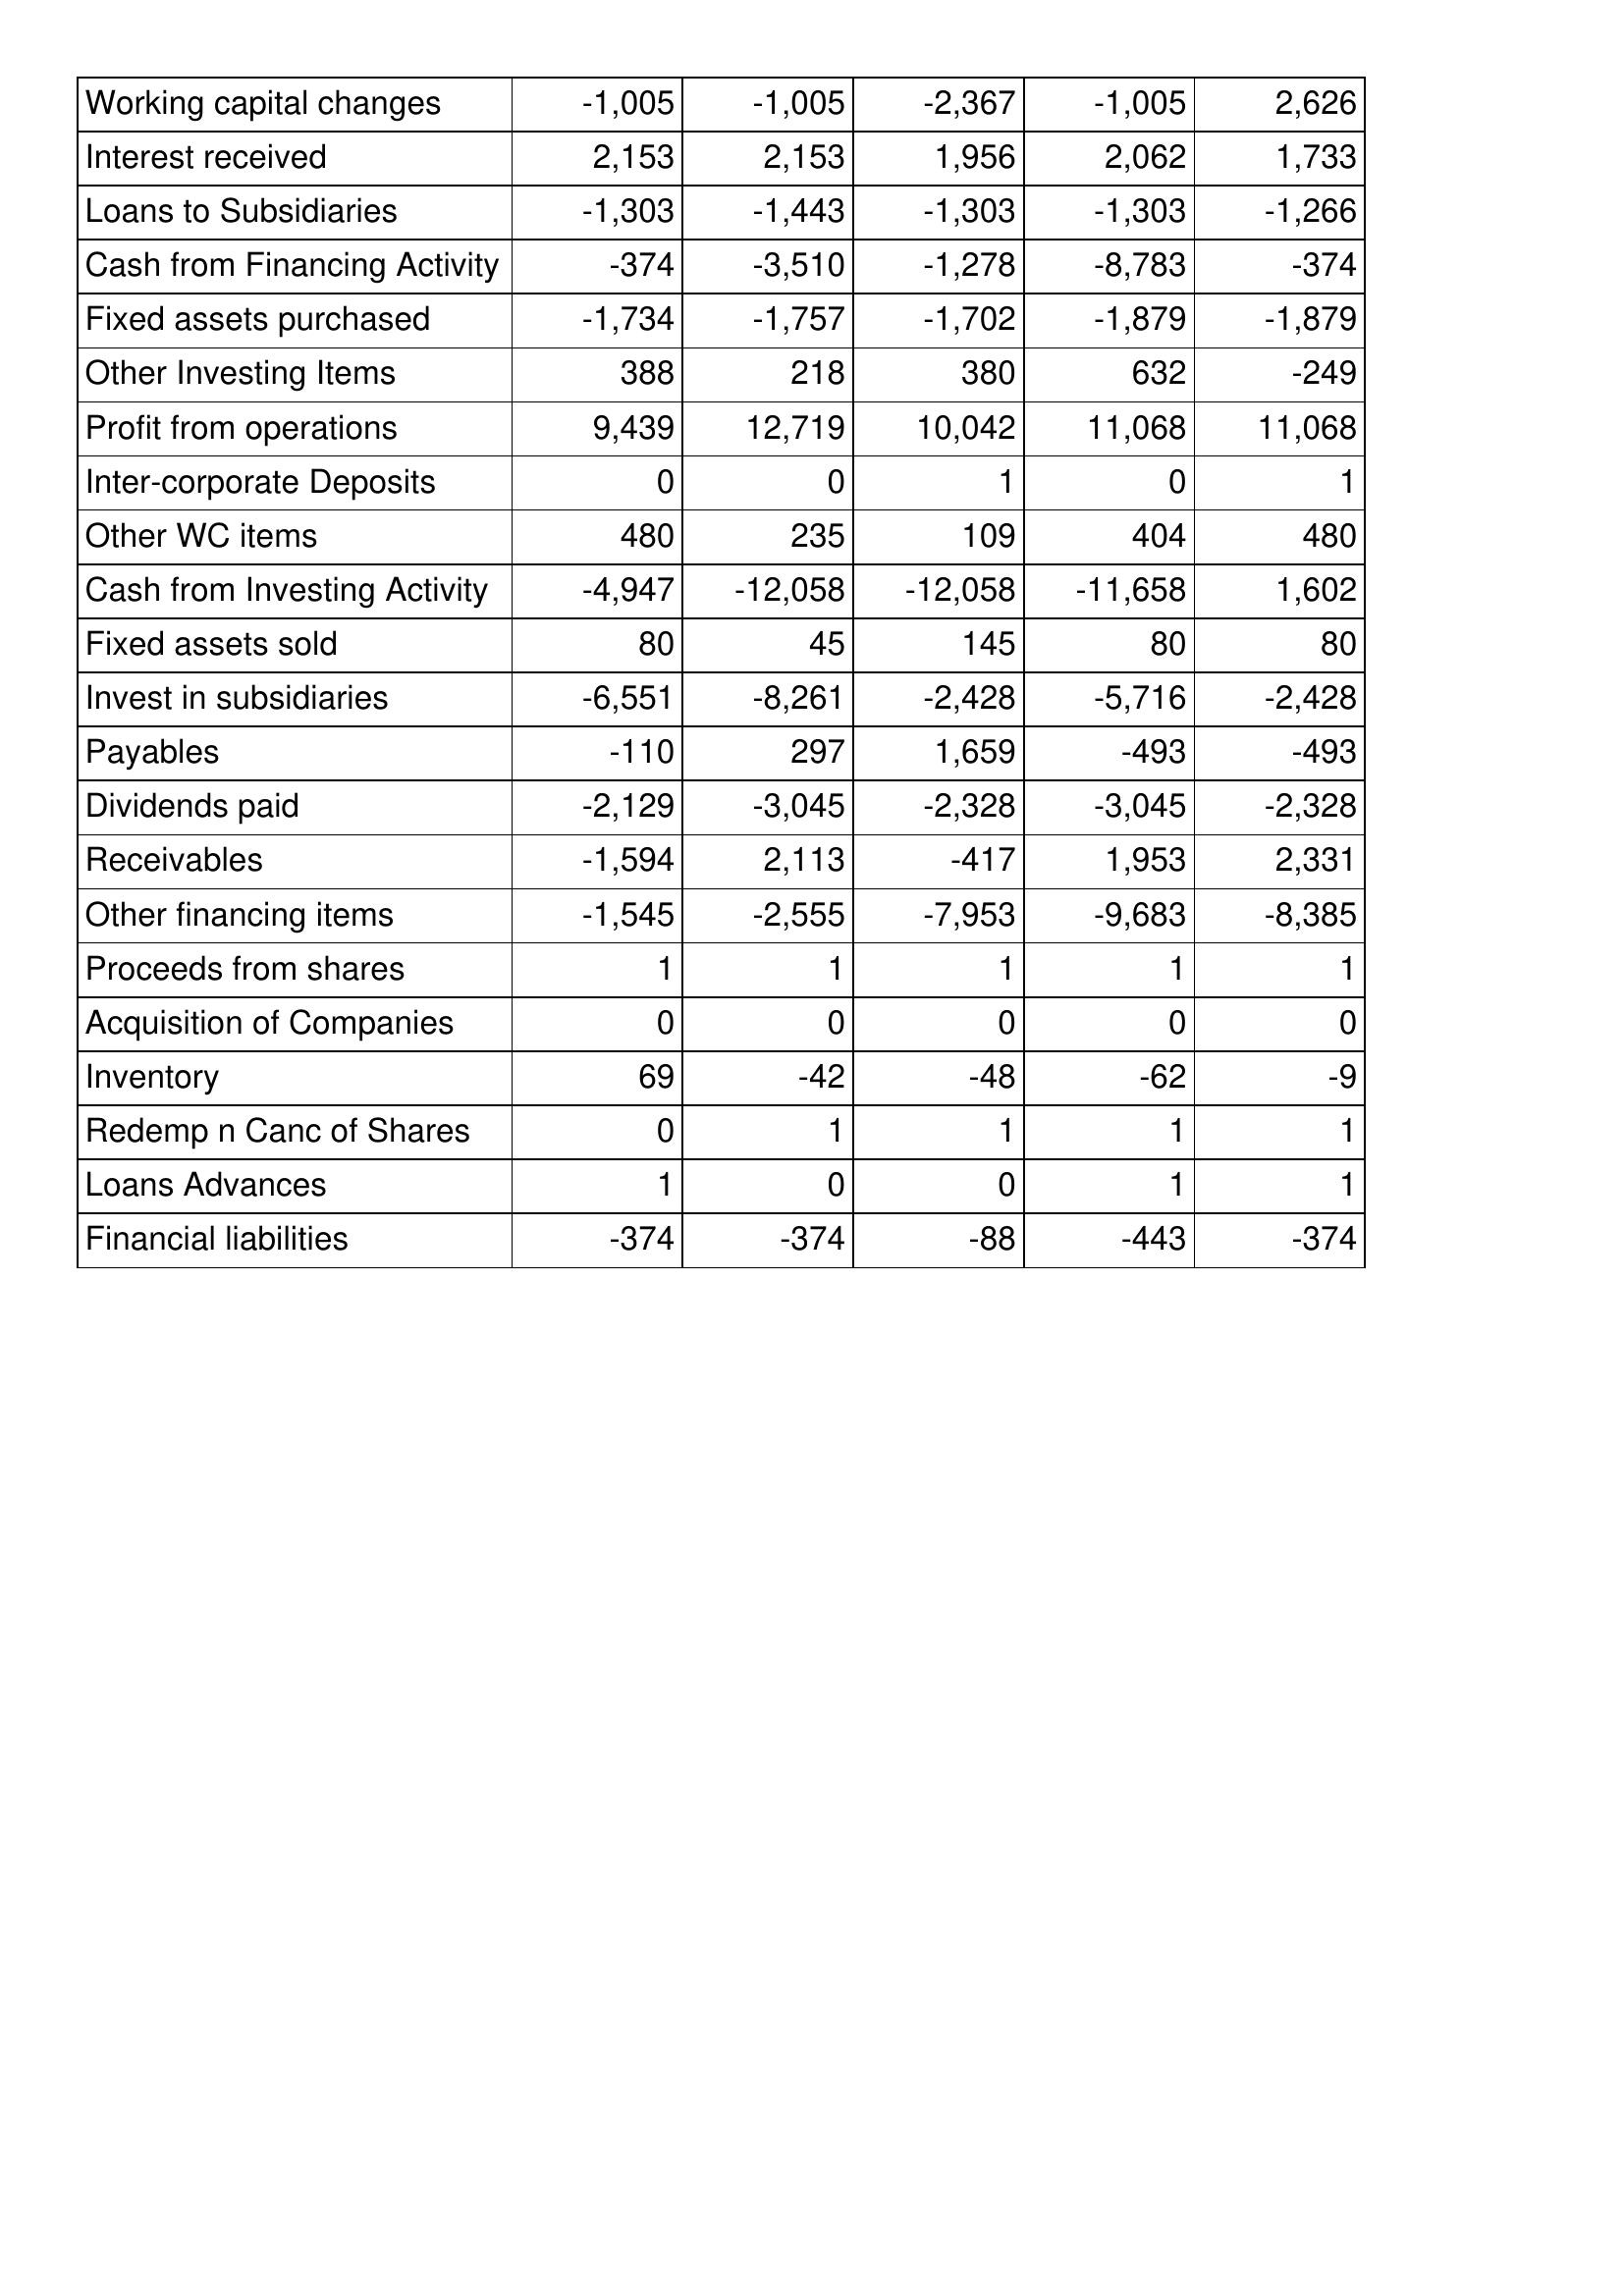
Jul-12: Cash Flows: Working capital changes: -1,005
Interest received: 2,153
Loans to Subsidiaries: -1,303
Cash from Financing Activity: -374
Fixed assets purchased: -1,734
Other Investing Items: 388
Profit from operations: 9,439
Inter-corporate Deposits: 0
Other WC items: 480
Cash from Investing Activity: -4,947
Fixed assets sold: 80
Invest in subsidiaries: -6,551
Payables: -110
Dividends paid: -2,129
Receivables: -1,594
Other financing items: -1,545
Proceeds from shares: 1
Acquisition of Companies: 0
Inventory: 69
Redemp n Canc of Shares: 0
Loans Advances: 1
Financial liabilities: -374
Jul-13: Cash Flows: Working capital changes: -1,005
Interest received: 2,153
Loans to Subsidiaries: -1,443
Cash from Financing Activity: -3,510
Fixed assets purchased: -1,757
Other Investing Items: 218
Profit from operations: 12,719
Inter-corporate Deposits: 0
Other WC items: 235
Cash from Investing Activity: -12,058
Fixed assets sold: 45
Invest in subsidiaries: -8,261
Payables: 297
Dividends paid: -3,045
Receivables: 2,113
Other financing items: -2,555
Proceeds from shares: 1
Acquisition of Companies: 0
Inventory: -42
Redemp n Canc of Shares: 1
Loans Advances: 0
Financial liabilities: -374
Jul-14: Cash Flows: Working capital changes: -2,367
Interest received: 1,956
Loans to Subsidiaries: -1,303
Cash from Financing Activity: -1,278
Fixed assets purchased: -1,702
Other Investing Items: 380
Profit from operations: 10,042
Inter-corporate Deposits: 1
Other WC items: 109
Cash from Investing Activity: -12,058
Fixed assets sold: 145
Invest in subsidiaries: -2,428
Payables: 1,659
Dividends paid: -2,328
Receivables: -417
Other financing items: -7,953
Proceeds from shares: 1
Acquisition of Companies: 0
Inventory: -48
Redemp n Canc of Shares: 1
Loans Advances: 0
Financial liabilities: -88
Jul-15: Cash Flows: Working capital changes: -1,005
Interest received: 2,062
Loans to Subsidiaries: -1,303
Cash from Financing Activity: -8,783
Fixed assets purchased: -1,879
Other Investing Items: 632
Profit from operations: 11,068
Inter-corporate Deposits: 0
Other WC items: 404
Cash from Investing Activity: -11,658
Fixed assets sold: 80
Invest in subsidiaries: -5,716
Payables: -493
Dividends paid: -3,045
Receivables: 1,953
Other financing items: -9,683
Proceeds from shares: 1
Acquisition of Companies: 0
Inventory: -62
Redemp n Canc of Shares: 1
Loans Advances: 1
Financial liabilities: -443
Jul-16: Cash Flows: Working capital changes: 2,626
Interest received: 1,733
Loans to Subsidiaries: -1,266
Cash from Financing Activity: -374
Fixed assets purchased: -1,879
Other Investing Items: -249
Profit from operations: 11,068
Inter-corporate Deposits: 1
Other WC items: 480
Cash from Investing Activity: 1,602
Fixed assets sold: 80
Invest in subsidiaries: -2,428
Payables: -493
Dividends paid: -2,328
Receivables: 2,331
Other financing items: -8,385
Proceeds from shares: 1
Acquisition of Companies: 0
Inventory: -9
Redemp n Canc of Shares: 1
Loans Advances: 1
Financial liabilities: -374